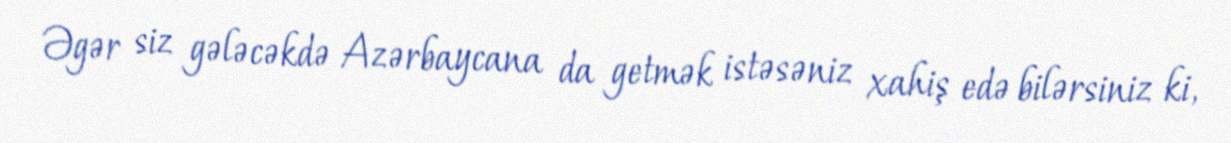
Əgər siz gələcəkdə Azərbaycana da getmək istəsəniz xahiş edə bilərsiniz ki,